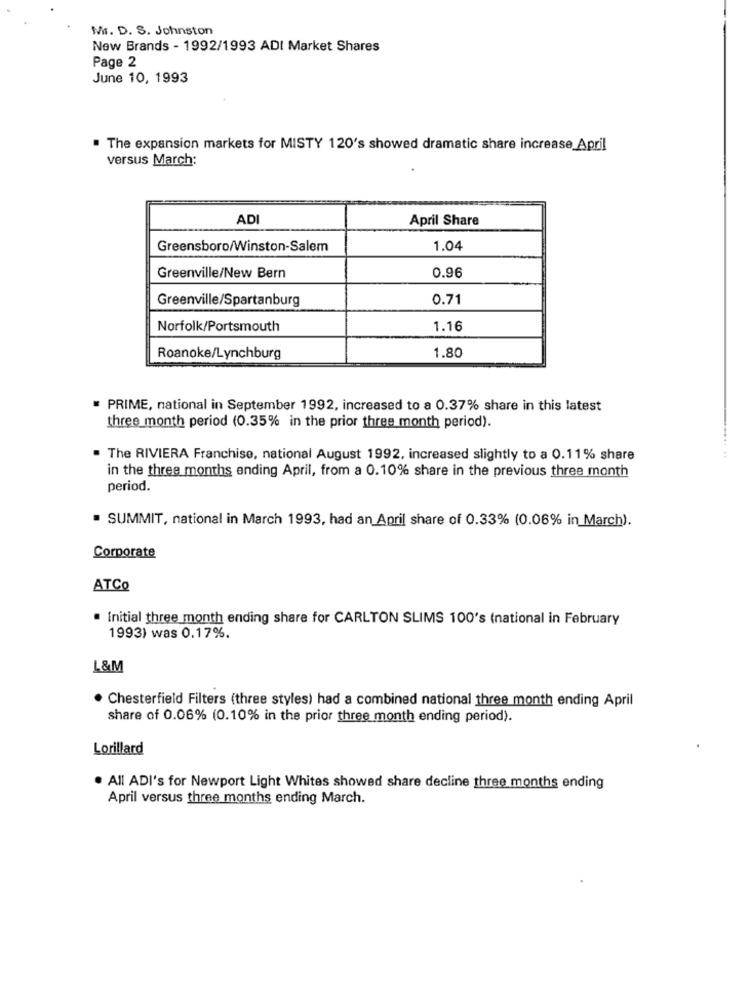
Mr. D. S. Johnston
New Brands - 1992/1993 ADI Market Shares
Page 2
June 10, 1993
. The expansion markets for MISTY 120's showed dramatic share increase April
versus March:
ADI
April Share
Greensboro/Winston-Salem
1.04
Greenville/New Bern
0.96
Greenville/Spartanburg
0.71
Norfolk/Portsmouth
1.16
1.80
Roanoke/Lynchburg
PRIME, national in September 1992, increased to a 0.37% share in this latest
three month period (0.35% in the prior three month period).
. The RIVIERA Franchise, national August 1992, increased slightly to a 0.11% share
....... ..
in the three months ending April, from a 0.10% share in the previous three month
period.
· SUMMIT, national in March 1993, had an April share of 0.33% (0.06% in March).
Corporate
ATCQ
. Initial three month ending share for CARLTON SLIMS 100's (national in February
1993) was 0.17%.
L&M
. Chesterfield Filters (three styles) had a combined national three month ending April
share of 0.06% (0.10% in the prior three month ending period).
Lorillard
. All ADI's for Newport Light Whites showed share decline three months ending
April versus three months ending March.